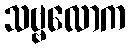
သဗ္ဗလောက